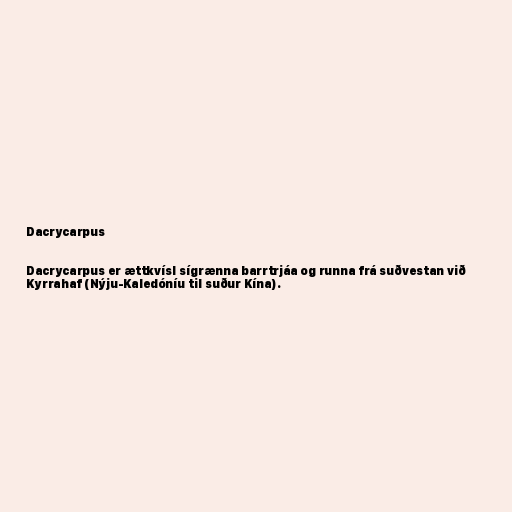
Dacrycarpus

Dacrycarpus er ættkvísl sígrænna barrtrjáa og runna frá suðvestan við
Kyrrahaf (Nýju-Kaledóníu til suður Kína).